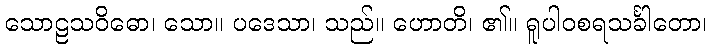
သောဠသဝိဓော၊ သော။ ပဒေသာ၊ သည်။ ဟောတိ၊ ၏။ ရူပါဝစရသင်္ခါတော၊